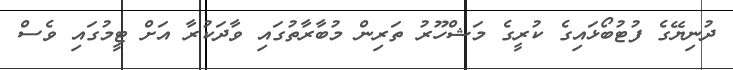
ދުނިޔޭގެ ފުޓުބޯޅައިގެ ކުރީގެ މަޝްހޫރު ތަރިން މުބާރާތުގައި ވާދަކުރާ އަށް ޓީމުގައި ވެސް